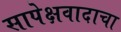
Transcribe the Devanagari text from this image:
सापेक्षवादाचा